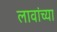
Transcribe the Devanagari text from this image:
लावांच्या